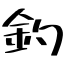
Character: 釣